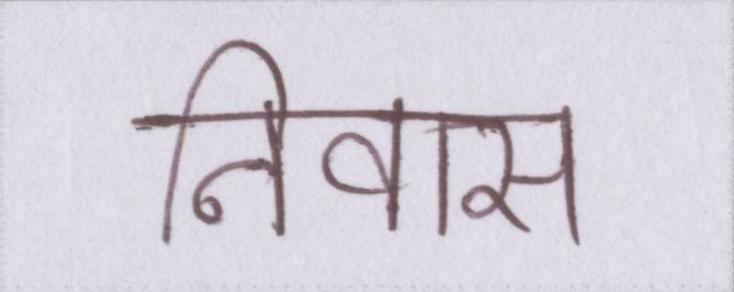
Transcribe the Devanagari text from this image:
निवास